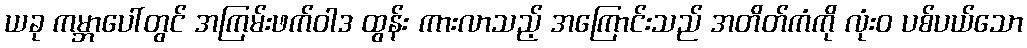
ယခု ကမ္ဘာပေါ်တွင် အကြမ်းဖက်ဝါဒ ထွန်း ကားလာသည့် အကြောင်းသည် အတိတ်ကံကို လုံးဝ ပစ်ပယ်သော